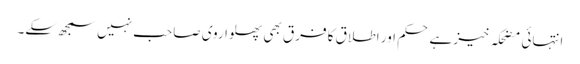
انتہائی مضحکہ خیز ہے حکم اور اطلاق کا فرق بھی پھلواروی صاحب نہیں سمجھ سکے۔